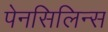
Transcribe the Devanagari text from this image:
पेनसिलिन्स